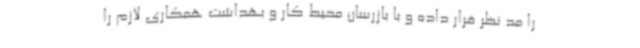
را مد نظر قرار داده و با بازرسان محیط کار و بهداشت همکاری لازم را